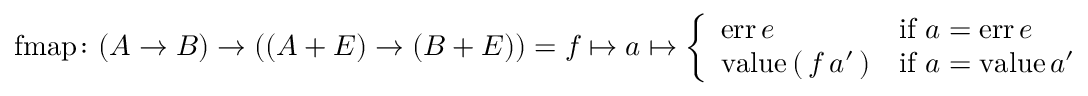
{ \mathrm { f m a p } } \colon ( A \to B ) \to \left( \left( A + E \right) \to \left( B + E \right) \right) = f \mapsto a \mapsto { \left\{ \begin{array} { l l } { { \mathrm { e r r } } \, e } & { { \mathrm { i f } } \ a = { \mathrm { e r r } } \, e } \\ { { \mathrm { v a l u e } } \, { \mathrm { ( } } \, f \, a ^ { \prime } \, { \mathrm { ) } } } & { { \mathrm { i f } } \ a = { \mathrm { v a l u e } } \, a ^ { \prime } } \end{array} \right. }